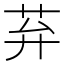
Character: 䒪